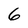
Character: 6